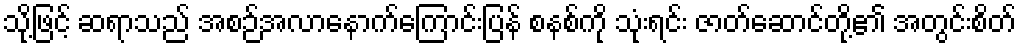
သို့ဖြင့် ဆရာသည် အစဉ်အလာနောက်ကြောင်းပြန် စနစ်ကို သုံးရင်း ဇာတ်ဆောင်တို့၏ အတွင်းစိတ်